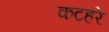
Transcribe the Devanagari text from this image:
कटहरे